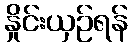
နှိုင်းယှဉ်ရန်